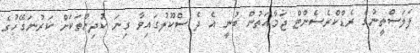
ފަލަސްތީނުގެ ރެޑްކްރެސެންޓް ޖަމާއަތުން ބުނީ އެ ދެ ސްކޫލުގައިވާ ގިނަ ކުދިންތަކަށް ކަރުނަގޭހުގެ